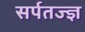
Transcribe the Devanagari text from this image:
सर्पतज्ज्ञ